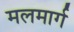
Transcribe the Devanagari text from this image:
मलमार्ग